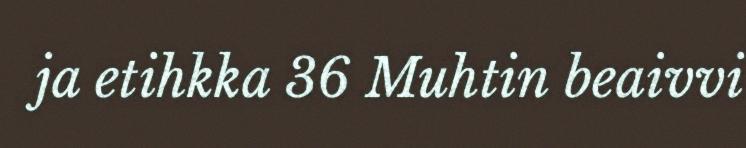
ja etihkka 36 Muhtin beaivvi